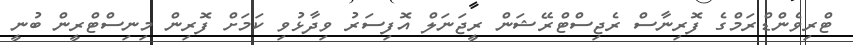
ޓްރިވެންޑްރަމްގެ ފޮރިނާސް ރެޖިސްޓްރޭޝަން ރީޖަނަލް އޮފިސަރު ވިދާޅުވި ކަމަށް ފޮރިން މިނިސްޓްރީން ބުނީ